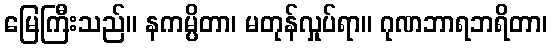
မြေကြီးသည်။ နကမ္ပိတာ၊ မတုန်လှုပ်ရာ။ ဂုဏဘာရဘရိတာ၊